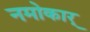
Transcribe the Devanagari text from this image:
नमोकार्